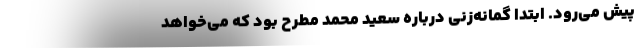
پیش می‌رود. ابتدا گمانه‌زنی درباره سعید محمد مطرح بود که می‌خواهد